King Institute of Preventive Medicine Micro-Biological Section reports 1912-19
Year: 1912
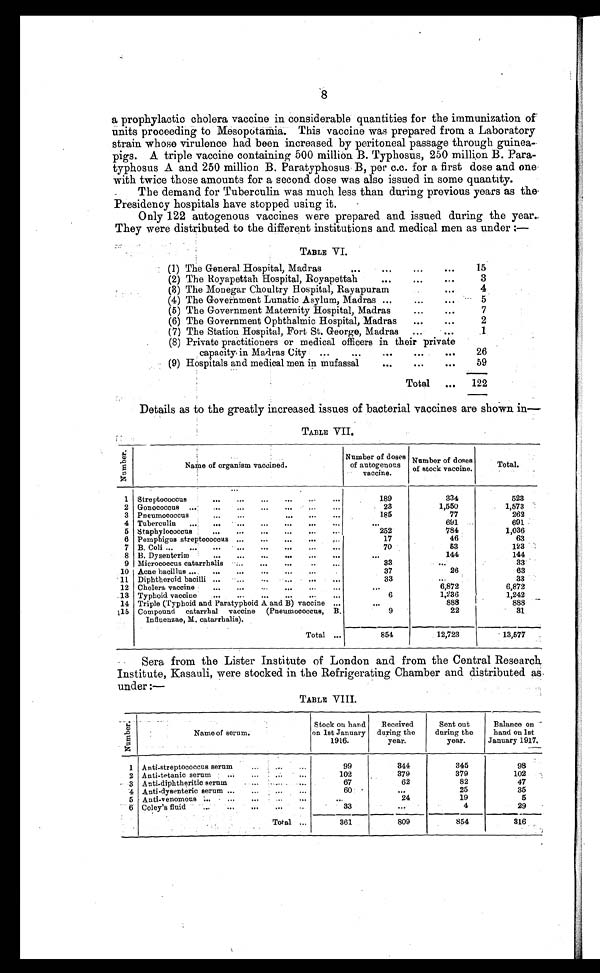
8
a prophylactic cholera vaccine in considerable quantities for the immunization of
units proceeding to Mesopotamia. This vaccine was prepared from a Laboratory
strain whose virulence had been increased by peritoneal passage through guinea-
pigs. A triple vaccine containing 500 million B. Typhosus, 250 million B. Para
- t y p h o s u s A a n d 2 5 0 m i l l i o n B . P a r a t y p h o s u s B , p e r c . c . f o r a f i r s t d o s e a n d o n e
with twice those amounts for a second dose was also issued in some quantity.
The demand for Tuberculin was much less than during previous years as the
Presidency hospitals have stopped using it.
Only 122 autogenous vaccines were prepared and issued during the year.
They were distributed to the different institutions and medical men as under :—
TABLE VI.
(1) The General Hospital, Madras . . .
15
(2) The Royapettah Hospital, Royapettah . . .
3
(3) The Monegar Choultry Hospital, Rayapuram . . .
4
(4) The Government Lunatic Asylum, Madras . . .
5
(5) The Government Maternity Hospital, Madras . . .
7
(6) The Government Ophthalmic Hospital, Madras . . .
2
(7) The Station Hospital, Fort St. George, Madras . . .
1
(8) Private practitioners or medical officers in their private
capacity in Madras City . . .
26
(9) Hospitals and medical men in mufassal . . .
59
Total . . .
122
Details as to the greatly increased issues of bacterial vaccines are shown in—
TABLE VII.
N u m b e r .
Name of organism vaccined.
Number of doses
of autogenons
vaccine.
Number mber of doses
of stock vaccine.
Total.
1 S t r e p t o c o c c u s . . .
189
334
523
2 Gonococcus . . .
23
1,550
1,573
3 Pneumococcus . . .
185
77
262
4 Tuberculin . . .
. . .
691
691
5 Staphylococcus . . .
252
784
1,036
6 Pemphigus streptococcus . . .
17
46
63
7 B. Coli . . .
70
53
123
8 B. Dysenteriæ . . .
. . .
144
144
9 Micrococcus catarrhalis . . .
33
. . .
33
10 Acne bacillus . . .
37
26
63
11 Diphtheroid bacilli . . .
33
. . .
33
12 Cholera vaccine . . .
. . .
6,872
6,872
13 Typhoid vaccine . . .
6
1,236
1,242
14 Triple (Typhoid and Paratyphoid A and B) vaccine . . .
. . .
888
888
15 Compound catarrhal vaccine (Pneumococcus, B.
Influenzae, M. catarrhalis).
9
22
31
Total . . .
854
12,723
1 3 , 5 7 7
Sera from the Lister Institute of London and from the Central Research
Institute, Kasauli, were stocked in the Refrigerating Chamber and distributed as.
under :—
TABLE VIII.
N u m b e r .
Name of serum.
Stock on hand
on 1st January
1916.
Received
during the
year.
Sent out
during the
year.
Balance on
hand on 1st
January 1917.
1 Anti-streptococcus serum . . .
99
344
345
98
2 Anti-tetanic serum . . .
102
379
379
102
3 Anti-diphtheritic serum . . .
67
62
82
47
4 Anti-dysenteric serum . . .
60
. . .
25
35
5 Anti-venomous . . .
. . .
24
19
5
6 Coley's fluid . . .
33
. . .
4
29
T o t a l . . .
361
809
854
316